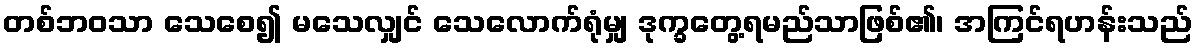
တစ်ဘဝသာ သေစေ၍ မသေလျှင် သေလောက်ရုံမျှ ဒုက္ခတွေ့ရမည်သာဖြစ်၏၊ အကြင်ရဟန်းသည်